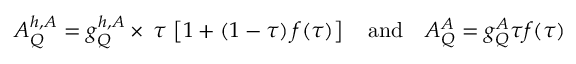
A _ { Q } ^ { h , A } = g _ { Q } ^ { h , A } \times \, \tau \, \left[ 1 + ( 1 - \tau ) \, f ( \tau ) \right] \quad \mathrm { a n d } \quad A _ { Q } ^ { A } = g _ { Q } ^ { A } \tau f ( \tau )